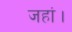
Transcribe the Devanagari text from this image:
जहां।